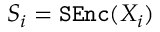
S _ { i } = \mathtt { S E n c } ( X _ { i } )